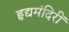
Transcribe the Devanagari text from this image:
हृद्यमंदिरीं